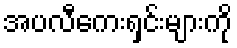
အပလီကေးရှင်းများကို